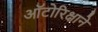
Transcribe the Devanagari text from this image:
ऑटोरिक्षाने